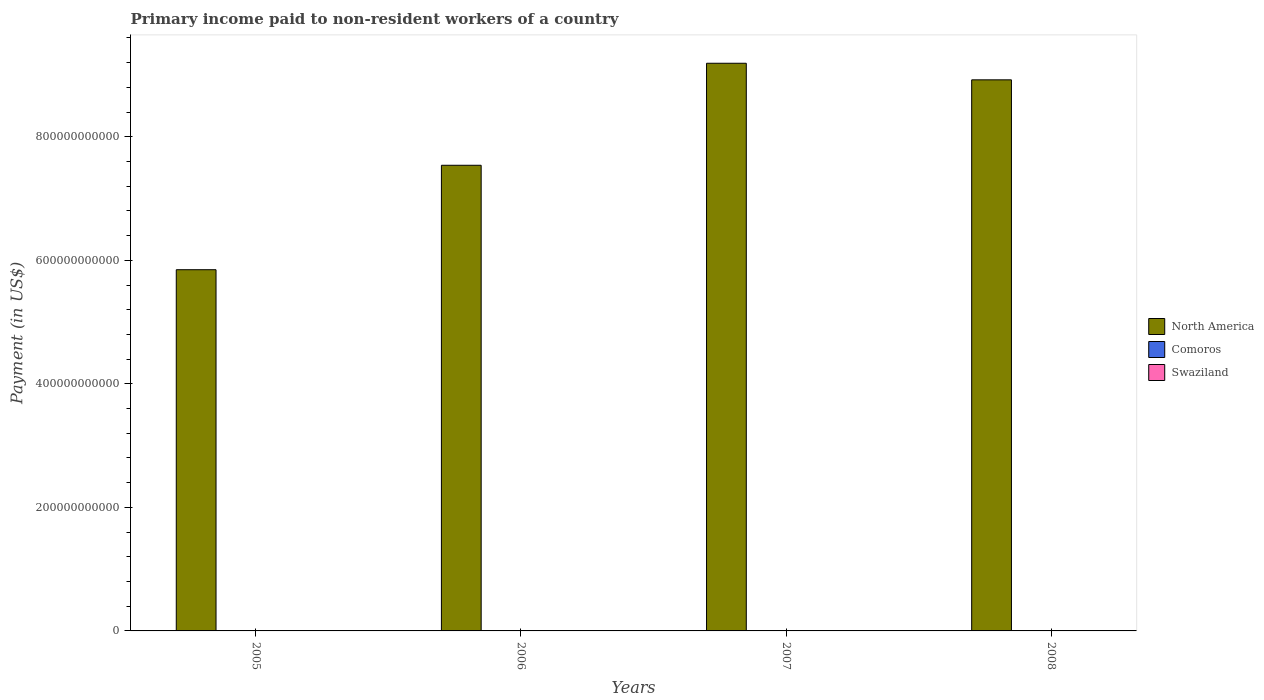
| Years | North America | Comoros | Swaziland |
 | --- | --- | --- | --- |
 | 2005 | 5.85e+11 | 2.44e+06 | 2.71e+08 |
 | 2006 | 7.54e+11 | 3.37e+06 | 2.42e+08 |
 | 2007 | 9.19e+11 | 5.32e+06 | 2.81e+08 |
 | 2008 | 8.92e+11 | 5.55e+06 | 2.98e+08 |